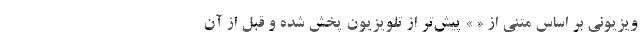
ویزیونی بر اساس متنی از « » پیش‌تر از تلویزیون پخش شده و قبل از آن